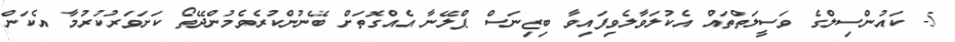
5- ކައުންސިލްގެ ވަސީލަތްތައް އެކުލަވާލެވިފައިވާ ބިޒިނަސް ޕްލޭނާ އެއްގޮތަށް ބޭނުންކުރެވެމުންދޭތޯ ކަށަވަރުކުރުމާ އެކަން